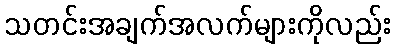
သတင်းအချက်အလက်များကိုလည်း